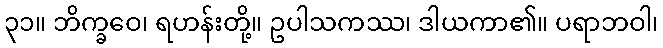
၃၁။ ဘိက္ခဝေ၊ ရဟန်းတို့။ ဥပါသကဿ၊ ဒါယကာ၏။ ပရာဘဝါ၊